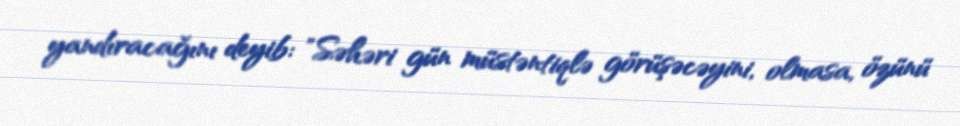
yandıracağını deyib: "Səhəri gün müstəntiqlə görüşəcəyini, olmasa, özünü